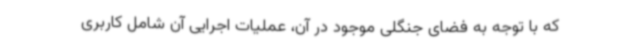
که با توجه به فضای جنگلی موجود در آن، عملیات اجرایی آن شامل کاربری